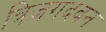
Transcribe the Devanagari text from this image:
त्रिजगदवन